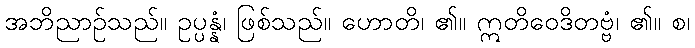
အဘိညာဉ်သည်။ ဥပ္ပန္နံ၊ ဖြစ်သည်။ ဟောတိ၊ ၏။ ဣတိဝေဒိတဗ္ဗံ၊ ၏။ စ၊